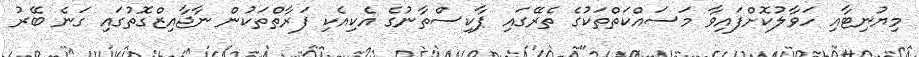
މިޔުނިޓާއި ހަވާލުކޮށްފައިވާ މަސައްކަތްތަކުގެ ތެރޭގައި ޕާކިސްތާނުގެ އެކިއެކި ފަރާތްތަކުން ނާޖާއިޒްގޮތުގައި ގަނެ ބޭރު